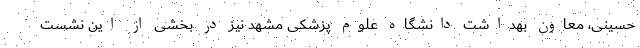
حسینی، معاون بهداشت دانشگاه علوم پزشکی مشهد نیز در بخشی از این نشست